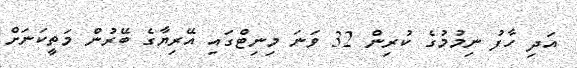
އަދި ހާފު ނިމުމުގެ ކުރިން 32 ވަނަ މިނިޓްގައި އޭރިޔާގެ ބޭރުން މަތީކަނަށް